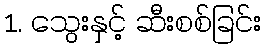
1. သွေးနှင့် ဆီးစစ်ခြင်း